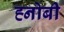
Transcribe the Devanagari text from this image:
ह्नोबी